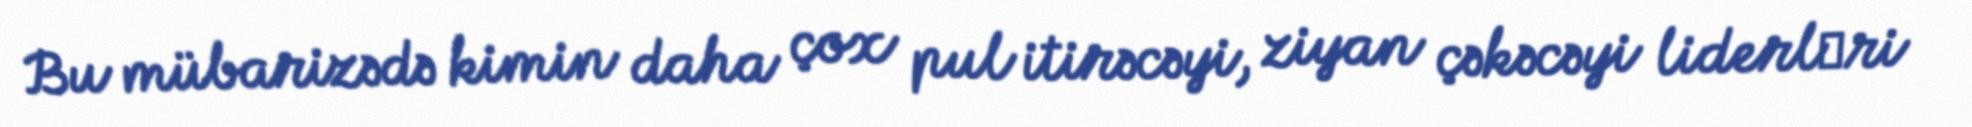
Bu mübarizədə kimin daha çox pul itirəcəyi, ziyan çəkəcəyi liderlәri